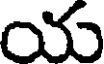
య